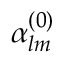
\alpha _ { l m } ^ { ( 0 ) }